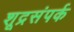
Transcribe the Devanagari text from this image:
शूद्रसंपर्क